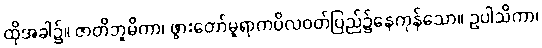
ထိုအခါ၌။ ဇာတိဘူမိကာ၊ ဖွားတော်မူရာကပိလဝတ်ပြည်၌နေကုန်သော။ ဥပါသိကာ၊